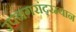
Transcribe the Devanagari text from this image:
उपनगरांदरम्यान